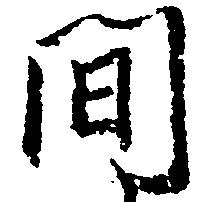
間